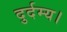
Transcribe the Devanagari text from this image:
दुर्दम्य।